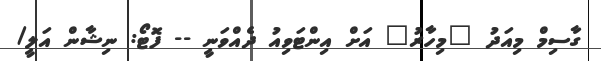
ގާސިމް މިއަދު "މިހާރު" އަށް އިންޓަވިއު ދެއްވަނީ -- ފޮޓޯ: ނިޝާން އަލީ/